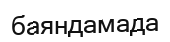
баяндамада